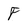
Character: F